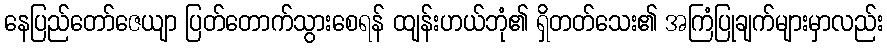
နေပြည်တော်ဇေယျာ ပြတ်တောက်သွားစေရန် ထျန်းဟယ်ဘုံ၏ ရှိတတ်သေး၏ အကြံပြုချက်များမှာလည်း